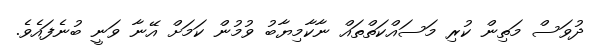
ދުވަސް މަތިން ކުރި މަސައްކަތްތައް ނާކާމިޔާބު ވުމުން ކަމަށް އޭނާ ވަނީ ބުނެފައެވެ.